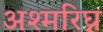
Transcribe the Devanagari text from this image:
अश्मरिघ्न